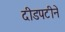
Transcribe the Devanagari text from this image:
दीडपटीने